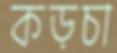
কড়চা